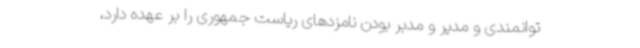
توانمندی و مدیر و مدبر بودن نامزدهای ریاست جمهوری را بر عهده دارد،